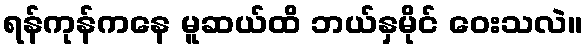
ရန်ကုန်ကနေ မူဆယ်ထိ ဘယ်နှမိုင် ဝေးသလဲ။